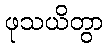
ဖုသယိတွာ